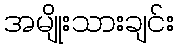
အမျိုးသားချင်း